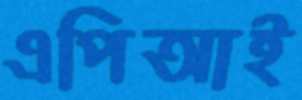
এপিআই